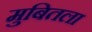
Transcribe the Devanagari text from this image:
मुबितला